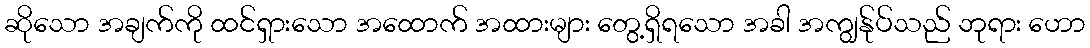
ဆိုသော အချက်ကို ထင်ရှားသော အထောက် အထားများ တွေ့ရှိရသော အခါ အကျွန်ုပ်သည် ဘုရား ဟော